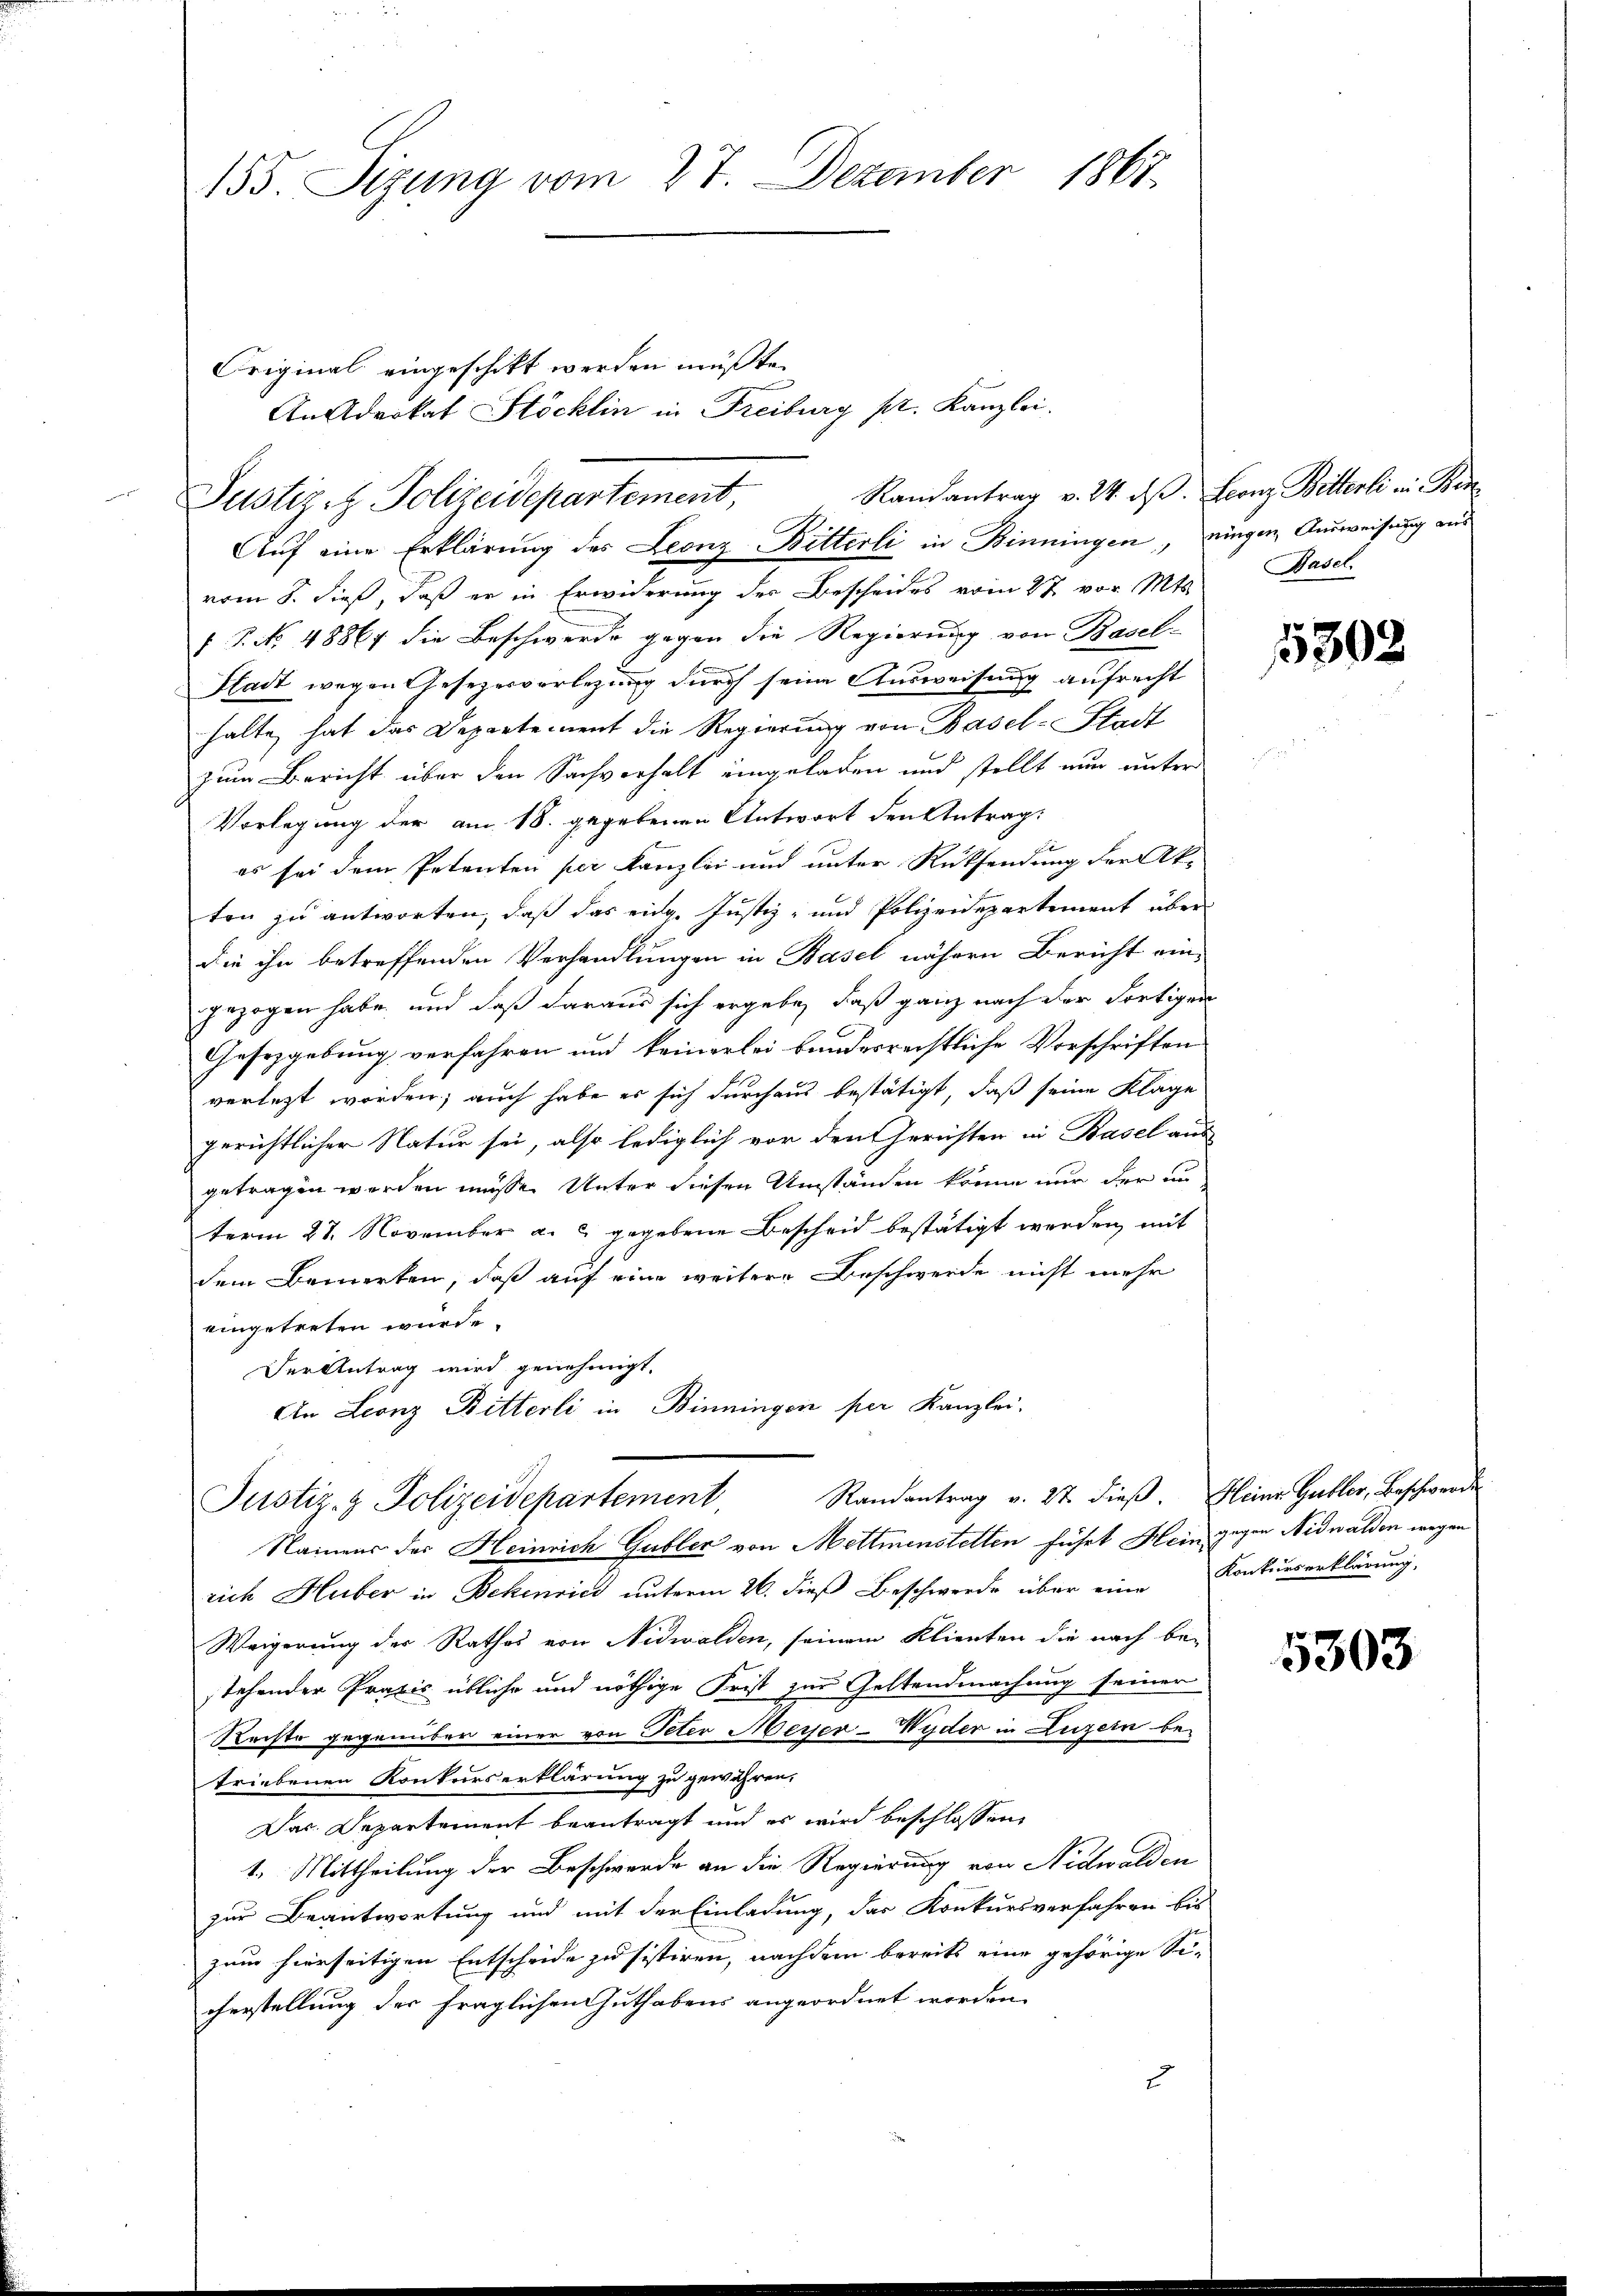
155. Sizung vom 27. Dezember 1867.

Original eingeschikt werden müßte.
Justiz- & Polizeidepartement,
Auf eine Erklärung des Leonz Bitterli in Binningen, eingen Ausweisung aus

An Advokat Stöcklin in Freiburg pr. Kanzlei.

vom 8. dieß, daß er in Erwiderung der Bescheides vom 27. vor Mt. Basel
 P. No. 48867 die Beschwerde gegen die Regierung von Basel-
Stadt wegen Gesezesvorlegung durch seine Ausweisung aufrecht
halte, hat das Departement die Regierung von Basel-Stadt
zum Bericht über den Sachverhalt eingeladen und stellt nun unter
Vorlegung der am 18. gegebenen Antwort den Antrag
es sei dem Petenten per Kanzlei und unter Rücksendung der Ak-
ten zu antworten, daß das eidg. Justiz- und Polizeidepartement über
die ihn betreffenden Verhandlungen in Basel nähern Bericht ein-
gezogen habe, und daß daraus sich ergebe, daß ganz nach der Fortiger
Gesetzgebung verfahren und keinerlei bandesrechtliche Vorschriften
verletzt worden; auch habe es sich durchaus bestätigt, daß seine Klage
gerichtlicher Natur sei, also lediglich vor den Gerichten in Basel aus
getragen werden müsse. Unter diesen Umständen könne nur der un
term 27. November a. c. gegebene Bescheid bestätigt werden, mit
dem Bemerken, daß auf eine weitere Beschwerde nicht mehr
eingetreten wurde.
Der Antrag wird genehmigt.
An Leonz Bitterli in Binningen per Kanzlei.

Justiz- & Polizeidepartement, Randantrag v. 27. dieβ. Heine Gubler, Beschwerden

Namens des Heinrich Gubler von Mettmenstelten führt Hein gegen Nidwalden wegen
rich Huber in Bekenried unterm 26. dieß Beschwerde über eine Konkurserklärung,
Weigerung der Rathes von Nidwalden, seinem Klienten die nach bestehender Praxis übliche und nöthige Frist zur Geltendmachung seiner
Rechte gegenüber einer von Peter Messer-Wyder in Luzern be-
triebenen Konkurserklärung zu gewähren.
Das Departement beantragt und es wird beschlossen
1. Mittheilung der Beschwerde an die Regierung von Nidwalden
zur Beantwortung und mit der Einladung, das Konkursverfahren bis
zum hierseitigen Entscheide zu sistiren, nachdem bereits eine gehörige Sicherstellung der fraglichen Guthabens angeordnet worden.
u

Randantrag v. 24. ds. Leonz Bitterli in Ber

15302

5303